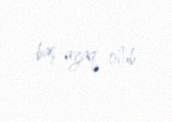
baş-ayaq olub.